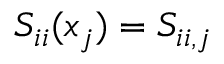
S _ { i i } ( x _ { j } ) = S _ { i i , j }